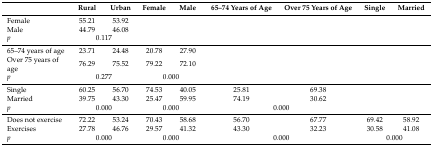
<table><thead><tr><td></td><td><b>Rural</b></td><td><b>Urban</b></td><td><b>Female</b></td><td><b>Male</b></td><td><b>65–74 Years of Age</b></td><td><b>Over 75 Years of Age</b></td><td><b>Single</b></td><td><b>Married</b></td></tr></thead><tbody><tr><td>Female</td><td>55.21</td><td>53.92</td><td></td><td></td><td></td><td></td><td></td><td></td></tr><tr><td>Male</td><td>44.79</td><td>46.08</td><td></td><td></td><td></td><td></td><td></td><td></td></tr><tr><td><i>p</i></td><td colspan="2">0.117</td><td></td><td></td><td></td><td></td><td></td><td></td></tr><tr><td>65–74 years of age</td><td>23.71</td><td>24.48</td><td>20.78</td><td>27.90</td><td></td><td></td><td></td><td></td></tr><tr><td>Over 75 years of age</td><td>76.29</td><td>75.52</td><td>79.22</td><td>72.10</td><td></td><td></td><td></td><td></td></tr><tr><td><i>p</i></td><td colspan="2">0.277</td><td colspan="2">0.000</td><td></td><td></td><td></td><td></td></tr><tr><td>Single</td><td>60.25</td><td>56.70</td><td>74.53</td><td>40.05</td><td>25.81</td><td>69.38</td><td></td><td></td></tr><tr><td>Married</td><td>39.75</td><td>43.30</td><td>25.47</td><td>59.95</td><td>74.19</td><td>30.62</td><td></td><td></td></tr><tr><td><i>p</i></td><td colspan="2">0.000</td><td colspan="2">0.000</td><td colspan="2">0.000</td><td></td><td></td></tr><tr><td>Does not exercise</td><td>72.22</td><td>53.24</td><td>70.43</td><td>58.68</td><td>56.70</td><td>67.77</td><td>69.42</td><td>58.92</td></tr><tr><td>Exercises</td><td>27.78</td><td>46.76</td><td>29.57</td><td>41.32</td><td>43.30</td><td>32.23</td><td>30.58</td><td>41.08</td></tr><tr><td><i>p</i></td><td colspan="2">0.000</td><td colspan="2">0.000</td><td colspan="2">0.000</td><td colspan="2">0.000</td></tr></tbody></table>